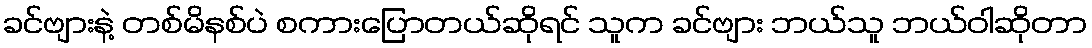
ခင်ဗျားနဲ့ တစ်မိနစ်ပဲ စကားပြောတယ်ဆိုရင် သူက ခင်ဗျား ဘယ်သူ ဘယ်ဝါဆိုတာ